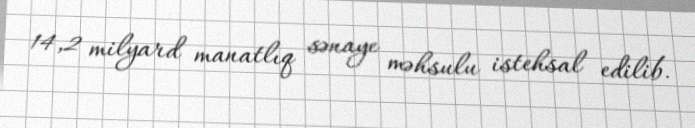
14,2 milyard manatlıq sənaye məhsulu istehsal edilib.